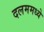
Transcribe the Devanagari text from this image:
दलममध्ये